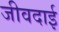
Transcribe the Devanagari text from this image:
जीवदाई